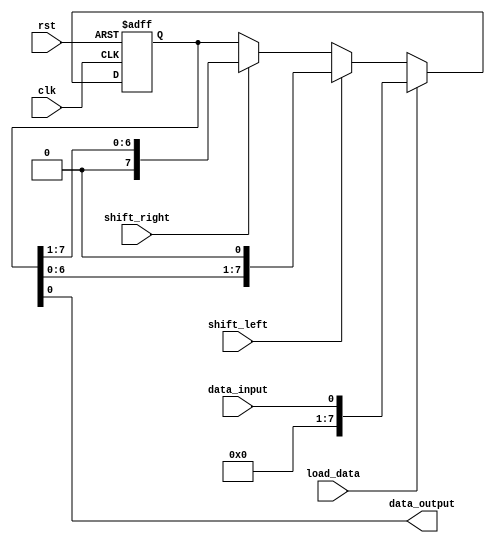
module bidirectional_shift_register (
  input wire clk,           // Clock input
  input wire rst,           // Reset input
  input wire shift_left,    // Shift data to the left
  input wire shift_right,   // Shift data to the right
  input wire load_data,     // Load data into the register
  input wire data_input,    // Input data to be loaded into the register
  output reg data_output    // Output data from the register
);

reg [7:0] register;         // 8-bit shift register

always @(posedge clk or posedge rst) begin
  if (rst) begin
    register <= 8'h00;     // Reset the register
  end else begin
    if (load_data) begin
      register <= data_input;   // Load data into the register
    end else begin
      if (shift_left) begin
        register <= {register[6:0], 1'b0};   // Shift data to the left
      end else if (shift_right) begin
        register <= {1'b0, register[7:1]};   // Shift data to the right
      end
    end
  end
end

// Output data
assign data_output = register;

endmodule